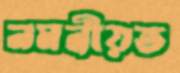
নমনীয়ত